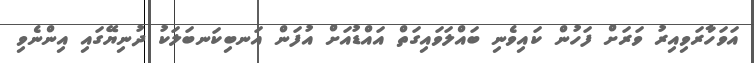
އަވަހާރަވިއިރު ވަރަށް ފަހުން ކައިވެނި ބައްލަވައިގަތް އައްޑުއަށް އުފަން އަނބިކަނބަލަކު ދުނިޔޭގައި އިންނެވި